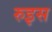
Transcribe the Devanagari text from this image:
रुइस